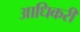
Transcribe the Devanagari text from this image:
आधिकरी